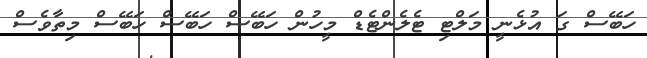
ހަބޭސް ގަ އުޅެނީ މަލްޓި ޓެލެންޓެޑް މީހުން ހަބޭސް ހަބޭސް ހަބޭސް މިތާވެސް